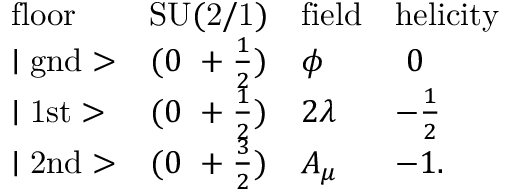
\begin{array} { l c l l } { { \mathrm { f l o o r } } } & { { \mathrm { S U ( 2 / 1 ) } } } & { { \mathrm { f i e l d } } } & { { \mathrm { h e l i c i t y } } } \\ { { \mid \mathrm { g n d } > } } & { { ( 0 ~ + \frac { 1 } { 2 } ) } } & { { \phi } } & { { ~ 0 } } \\ { { \mid \mathrm { 1 s t } > } } & { { ( 0 ~ + \frac { 1 } { 2 } ) } } & { { 2 \lambda } } & { { - \frac { 1 } { 2 } } } \\ { { \mid \mathrm { 2 n d } > } } & { { ( 0 ~ + \frac { 3 } { 2 } ) } } & { { A _ { \mu } } } & { { - 1 . } } \end{array}